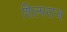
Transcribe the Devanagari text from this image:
शिल्पराज